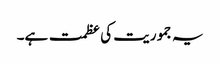
یہ جموریت کی عظمت ہے۔